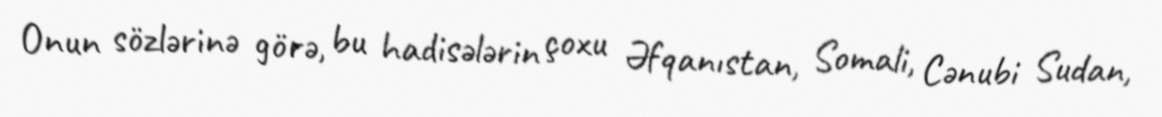
Onun sözlərinə görə, bu hadisələrin çoxu Əfqanıstan, Somali, Cənubi Sudan,